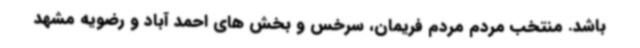
باشد. منتخب مردم مردم فریمان، سرخس و بخش های احمد آباد و رضویه مشهد